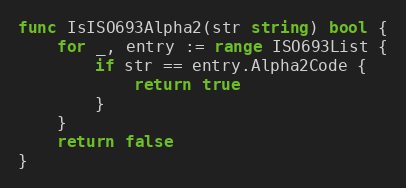
Language: Go
func IsISO693Alpha2(str string) bool {
	for _, entry := range ISO693List {
		if str == entry.Alpha2Code {
			return true
		}
	}
	return false
}